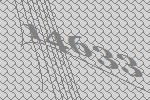
14633